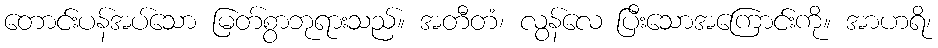
တောင်းပန်အပ်သော မြတ်စွာဘုရားသည်။ အတီတံ၊ လွန်လေ ပြီးသောအကြောင်းကို။ အာဟရိ၊